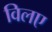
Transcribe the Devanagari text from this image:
विलए